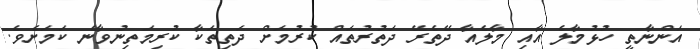
އަންނާތީ ހުޅުމާލެ އާއި މާލެއާ ދޭތެރޭ ދަތުރުތައް ކުރުމަށް ދަތިތަކާ ކުރިމަތިނުވާނެ ކަމަށެވެ.